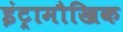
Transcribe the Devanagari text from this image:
इंट्रामौखिक